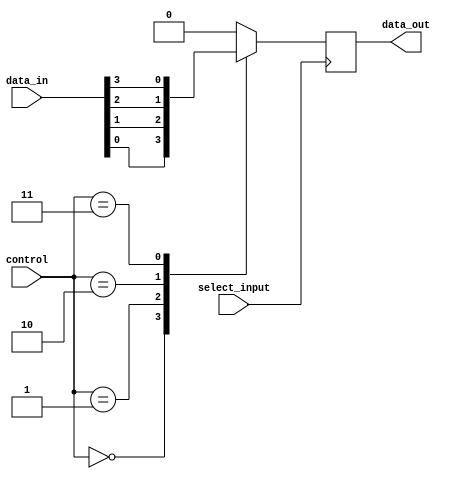
module IO_Bus_Switch (
    input wire [num_input_ports-1:0] data_in,
    input wire [num_input_ports-1:0] control,
    input wire select_input,
    output reg data_out
);

parameter num_input_ports = 4;
parameter num_output_ports = 1;

reg [num_input_ports-1:0] bus_data;

always @ (posedge select_input) begin
    case (control)
        0: data_out = bus_data[0];
        1: data_out = bus_data[1];
        2: data_out = bus_data[2];
        3: data_out = bus_data[3];
        // Add more cases as needed based on the number of input ports
        default: data_out = 0;
    endcase
end

always @* begin
    case (select_input)
        0: bus_data = data_in;
        1: bus_data = data_in;
        2: bus_data = data_in;
        3: bus_data = data_in;
        // Add more cases as needed based on the number of input ports
        default: bus_data = 0;
    endcase
end

endmodule